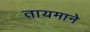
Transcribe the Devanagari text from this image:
तायमाने